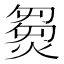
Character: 𤌽